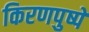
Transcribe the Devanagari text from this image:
किरणपुष्पे